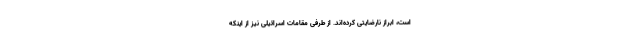
است، ابراز نارضایتی کرده‌اند. از طرفی مقامات اسرائیلی نیز از اینکه